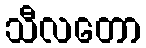
သီလတော